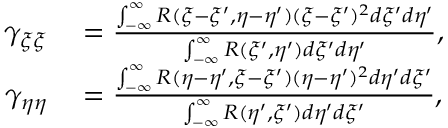
\begin{array} { r l } { \gamma _ { \xi \xi } } & { { } = \frac { \int _ { - \infty } ^ { \infty } R ( \xi - \xi ^ { \prime } , \eta - \eta ^ { \prime } ) ( \xi - \xi ^ { \prime } ) ^ { 2 } d \xi ^ { \prime } d \eta ^ { \prime } } { \int _ { - \infty } ^ { \infty } R ( \xi ^ { \prime } , \eta ^ { \prime } ) d \xi ^ { \prime } d \eta ^ { \prime } } , } \\ { \gamma _ { \eta \eta } } & { { } = \frac { \int _ { - \infty } ^ { \infty } R ( \eta - \eta ^ { \prime } , \xi - \xi ^ { \prime } ) ( \eta - \eta ^ { \prime } ) ^ { 2 } d \eta ^ { \prime } d \xi ^ { \prime } } { \int _ { - \infty } ^ { \infty } R ( \eta ^ { \prime } , \xi ^ { \prime } ) d \eta ^ { \prime } d \xi ^ { \prime } } , } \end{array}